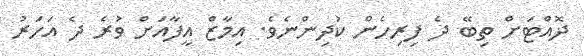
ދޮއްޓަށް ތިބޭ ދެ ފިރިހެން ކުދިންނެވެ. އިމާޒް އީފާއަށް ވުރެ ދެ އަހަރު